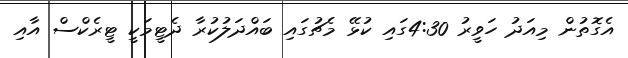
އެގޮތުން މިއަދު ހަވީރު 4:30ގައި ކުޅޭ މެޗުގައި ބައްދަލުކުރާ ދެޓީމަކީ ޓީރެކްސް އާއި